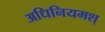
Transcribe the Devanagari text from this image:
अधिनियमश्